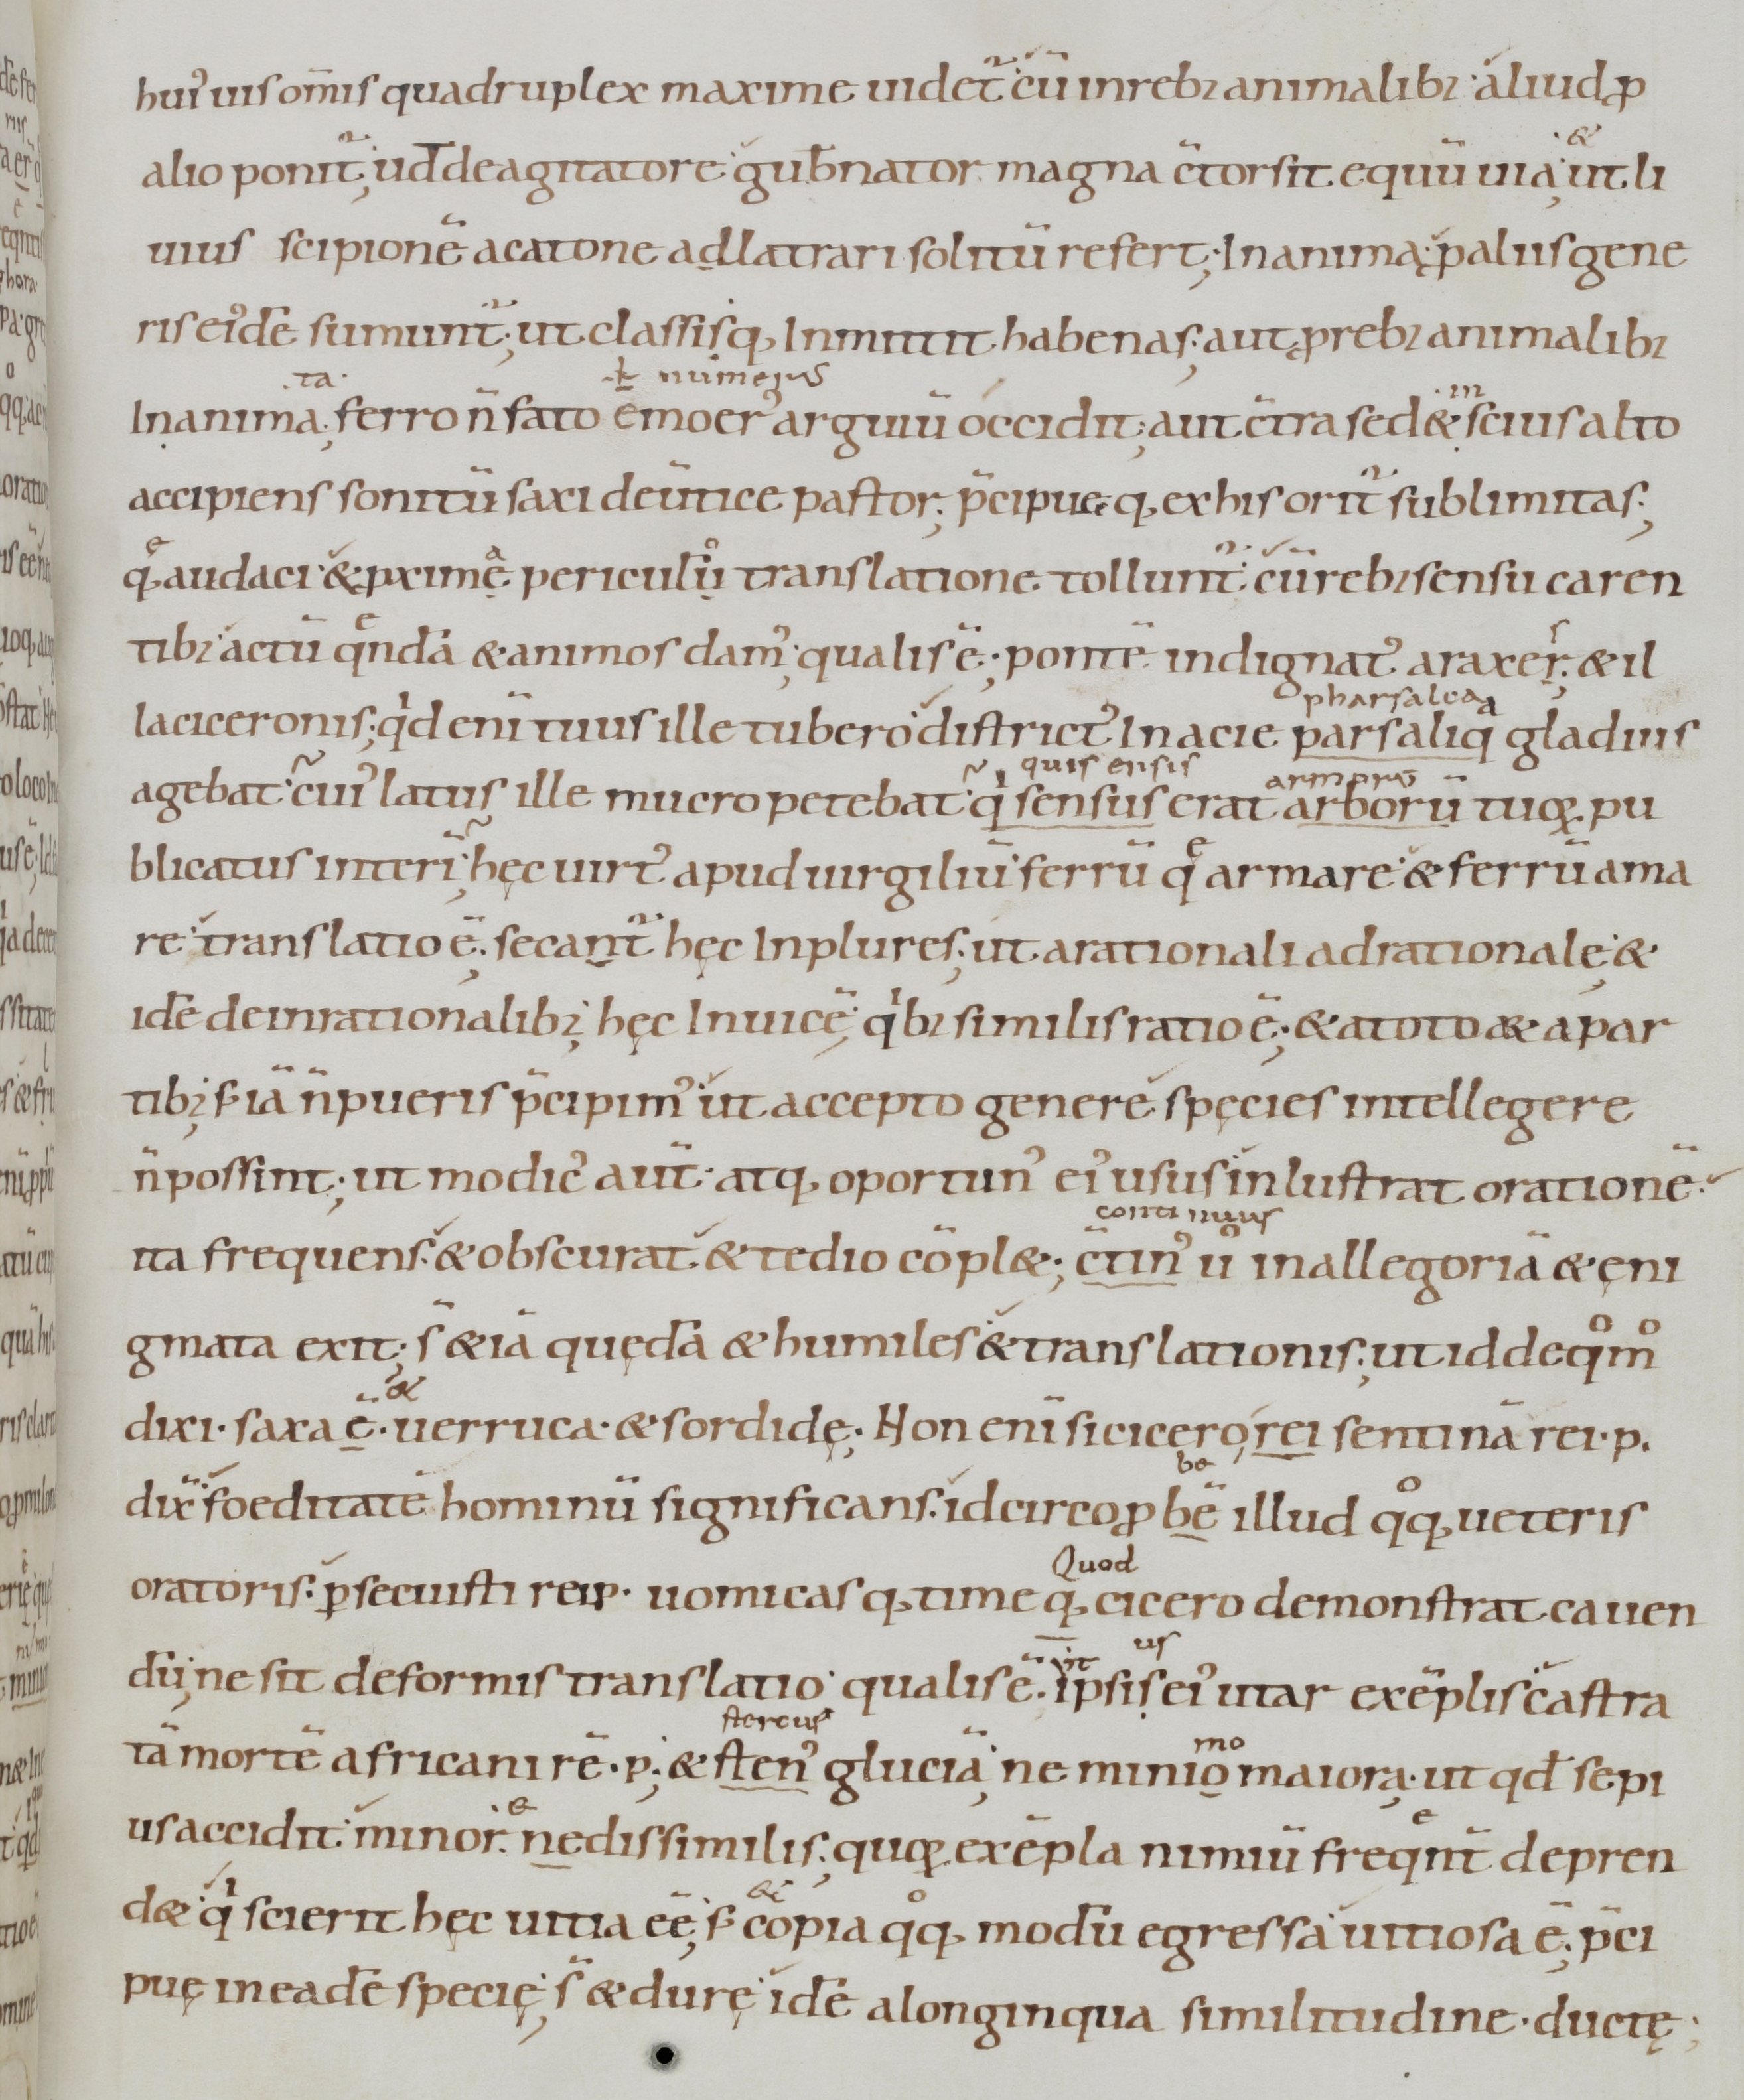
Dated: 900–1099